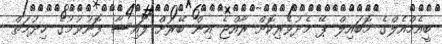
ބީއެމްއެލްގެ މޮބައިލް ޕޭ މެދުވެރިކޮށް ރާއްޖެ އިން ބޭރަށް ފައިސާ ފޮނުވުމުގެ ޚިދުމަތް